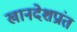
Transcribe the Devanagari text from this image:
खानदेशप्रांत